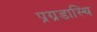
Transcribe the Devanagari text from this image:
प्रग्रडास्थि